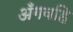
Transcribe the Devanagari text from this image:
अँगवहि